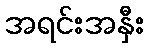
အရင်းအနှီး